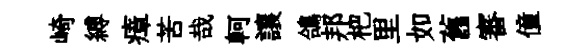
崎縛瘴苦哉軻讓鴿邦杷里如舊審僮